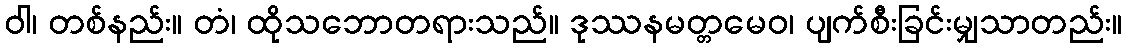
ဝါ၊ တစ်နည်း။ တံ၊ ထိုသဘောတရားသည်။ ဒုဿနမတ္တမေဝ၊ ပျက်စီးခြင်းမျှသာတည်း။